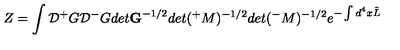
Z = \int { \cal D } { ^ + } G { \cal D } { ^ - } G d e t { \bf G } ^ { - 1 / 2 } d e t ( { ^ + } M ) ^ { - 1 / 2 } d e t ( { ^ - } M ) ^ { - 1 / 2 } e ^ { - \int d ^ { 4 } x \tilde { L } }